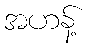
အဟန့်